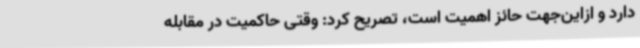
دارد و ازاین‌جهت حائز اهمیت است، تصریح کرد: وقتی حاکمیت در مقابله